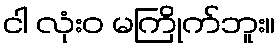
ငါ လုံးဝ မကြိုက်ဘူး။